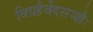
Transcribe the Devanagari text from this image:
विग्रहैर्वेदसञ्ज्ञैः